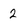
Character: 2